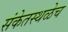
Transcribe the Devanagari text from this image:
संकेतस्थळेच